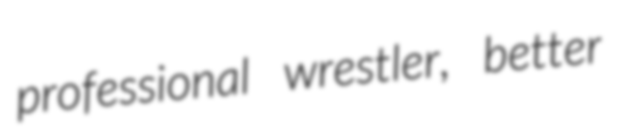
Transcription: professional wrestler, better